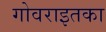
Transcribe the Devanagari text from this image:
गोवराइतका